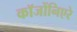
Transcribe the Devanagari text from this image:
कॉजोंनिएरे